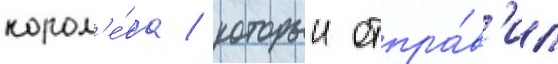
корол'е́ва / которыи отпра́в'ил